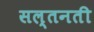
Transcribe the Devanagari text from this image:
सल्तनती